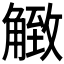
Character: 𧤡